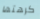
كرهتها